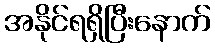
အနိုင်ရရှိပြီးနောက်